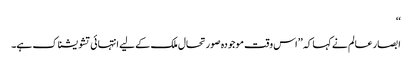
‘‘
ابصار عالم نے کہا کہ ’’اس وقت موجودہ صورتحال ملک کے لیے انتہائی تشویشناک ہے۔